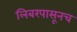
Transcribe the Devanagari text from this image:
लिबरपासूनच